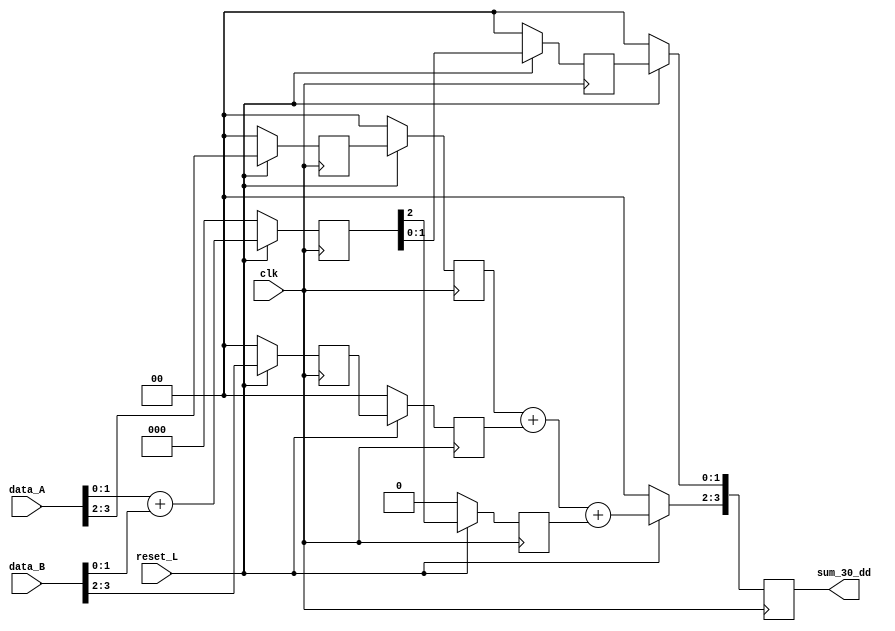
module sum_pipe(
    input clk,
    input reset_L,
    input [3:0] data_A,
    input [3:0] data_B,
    output reg [3:0] sum_30_dd
);
    //Se definen las variables internas
    reg [1:0] data_A_d_0;
    reg [1:0] data_B_d_0;
    reg [1:0] data_A_d;
    reg [1:0] data_B_d;

    reg acarreo_d;

    reg [2:0] sum_10;
    reg [1:0] sum_10_d;
    reg [3:0] sum_30_d;

    always @(posedge clk)begin
        if (reset_L==0)begin
            sum_30_dd   <= 0;
            data_A_d_0  <= 0;
            data_B_d_0  <= 0;
            data_A_d    <= 0;
            data_B_d    <= 0;
            acarreo_d   <= 0;
            sum_10      <= 0;
            sum_10_d    <= 0;
            sum_30_d    <= 0; 
        end else begin
            data_A_d_0      <= data_A[3:2];
            data_B_d_0      <= data_B[3:2];
            sum_10          <= data_A[1:0] + data_B[1:0];
            data_A_d        <= data_A_d_0;
            data_B_d        <= data_B_d_0;
            sum_10_d        <= sum_10[1:0];     
            acarreo_d       <= sum_10[2];
            sum_30_dd[3:2]  <= data_A_d + data_B_d + acarreo_d;
            sum_30_dd[1:0]  <= sum_10_d;
        end
    end
endmodule